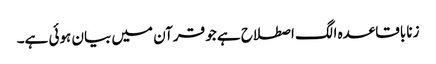
زنا باقاعدہ الگ اصطلاح ہے جو قرآن میں بیان ہوئی ہے۔